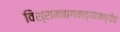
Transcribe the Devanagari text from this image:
विश्रामबागवाड्यामध्येच